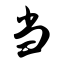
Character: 当